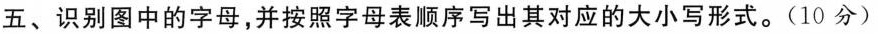
五、识别图中的字母，并按照字母表顺序写出其对应的大小写形式。(10分)